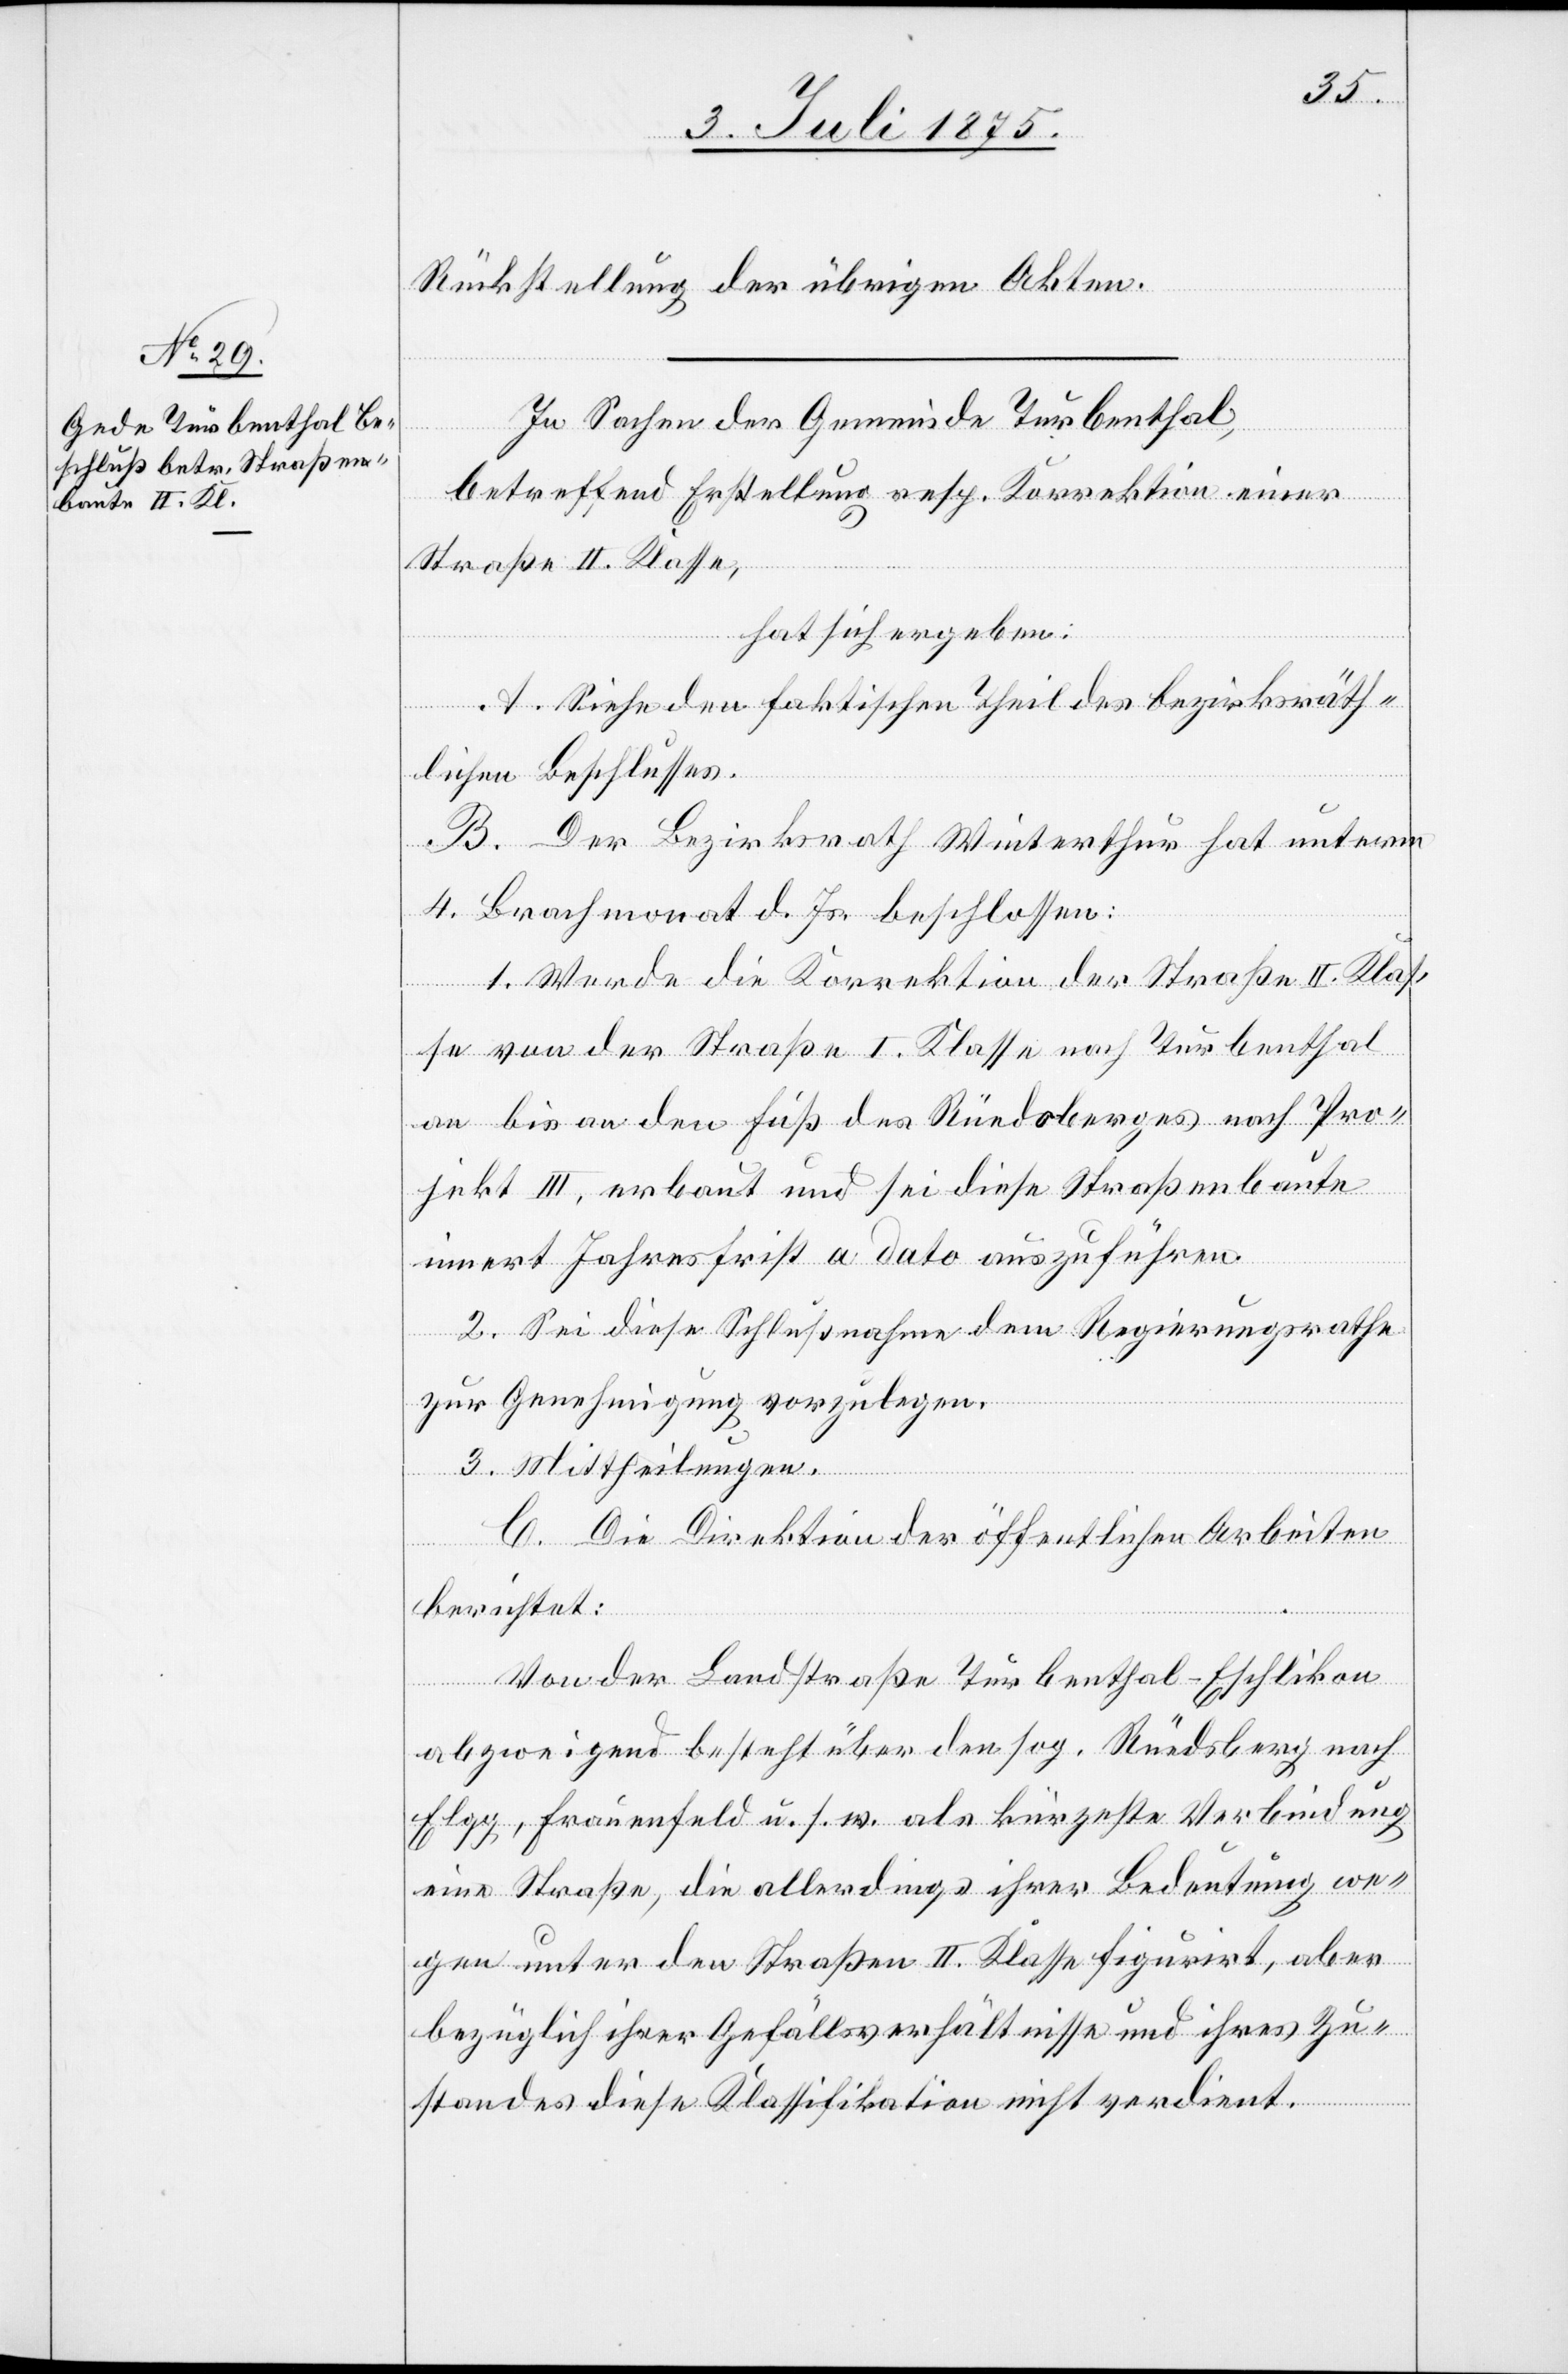
Rückstellung der übrigen Akten.
In Sachen der Gemeinde Turbenthal,
betreffend Erstellung resp. Korrektion einer
Straße II. Klasse,
hat sich ergeben:
A. Siehe den faktischen Theil des bezirksräth¬
lichen Beschlusses.
B. Der Bezirksrath Winterthur hat unterm
4. Brachmonat d. Js. beschlossen:
1. Werde die Korrektion der Straße II. Klas¬
se von der Straße I. Klasse nach Turbenthal
an bis an den Fuß des Rüedsberges nach Pro¬
jekt III, erbaut und sei diese Straßenbaute
innert Jahresfrist a dato auszuführen.
2. Sei diese Schlußnahme dem Regierungsrathe
zur Genehmigung vorzulegen.
3. Mittheilungen.
C. Die Direktion der öffentlichen Arbeiten
berichtet:
Von der Landstraße Turbenthal–Eschlikon
abzweigend besteht über den sog. Rüedsberg nach
Elgg, Frauenfeld u. s. w. als kürzeste Verbindung
eine Straße, die allerdings ihrer Bedeutung we¬
gen unter den Straßen II. Klasse figurirt, aber
bezüglich ihrer Gefällsverhältnisse und ihres Zu¬
standes diese Klassifikation nicht verdient.